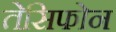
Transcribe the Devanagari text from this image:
तेसिफोन